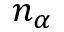
n _ { \alpha }